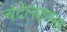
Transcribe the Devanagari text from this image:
चंदेलशासक